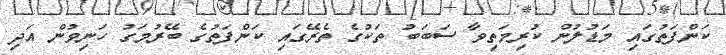
ކަންފަތުގައި މަޑުލުން ކުރިމަތިވާ ސަބަބު ތަކުގެ ތެރޭގައި ކަންފަތުގެ ބޭރުމަގު ހަނިވުން އަދި